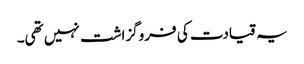
یہ قیادت کی فروگزاشت نہیں تھی۔